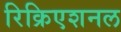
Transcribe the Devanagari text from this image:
रिक्रिएशनल